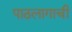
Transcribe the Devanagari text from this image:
पाठलागाची